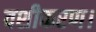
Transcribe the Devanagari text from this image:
वशीकरण।